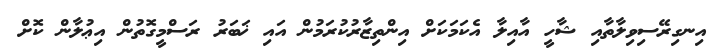
އިނގިރޭސިވިލާތާއި ޝާހީ އާއިލާ އެކަމަކަށް އިންތިޒާރުކުރަމުން އައި ޚަބަރު ރަސްމީގޮތުން އިޢުލާން ކޮށް